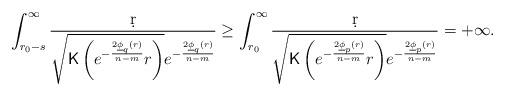
LaTeX: \begin{align*}\int_{r_0-s}^{\infty}\frac{\d r}{\sqrt{{\sf K}\left(e^{-\frac{2\underline{\phi}_q(r)}{n-m}}r\right)}e^{-\frac{2\underline{\phi}_q(r)}{n-m}}}&\geq\int_{r_0}^{\infty}\frac{\d r}{\sqrt{{\sf K}\left(e^{-\frac{2\underline{\phi}_p(r)}{n-m}}r\right)}e^{-\frac{2\underline{\phi}_p(r)}{n-m}}}=+\infty.\end{align*}